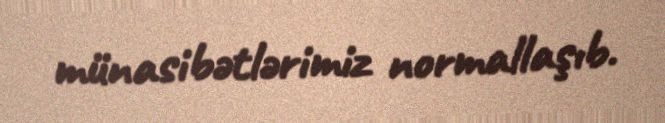
münasibətlərimiz normallaşıb.